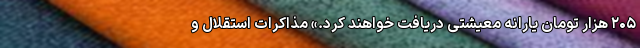
۲۰۵ هزار تومان یارانه معیشتی دریافت خواهند کرد.» مذاکرات استقلال و